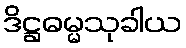
ဒိဋ္ဌဓမ္မသုခါယ